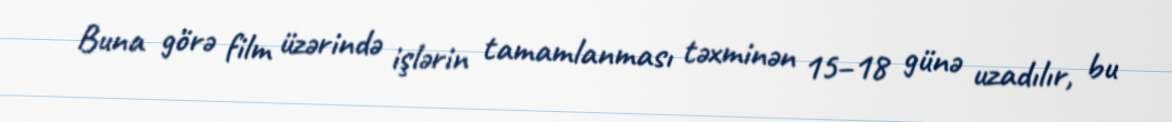
Buna görə film üzərində işlərin tamamlanması təxminən 15–18 günə uzadılır, bu